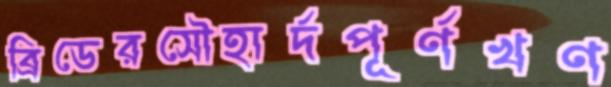
ব্রিডেরসৌহার্দপূর্ণখণ